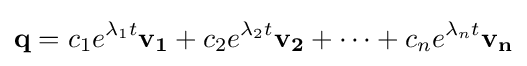
\mathbf {q} =c_{1}e^{\lambda _{1}t}\mathbf {v_{1}} +c_{2}e^{\lambda _{2}t}\mathbf {v_{2}} +\cdots +c_{n}e^{\lambda _{n}t}\mathbf {v_{n}}